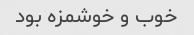
خوب و خوشمزه بود